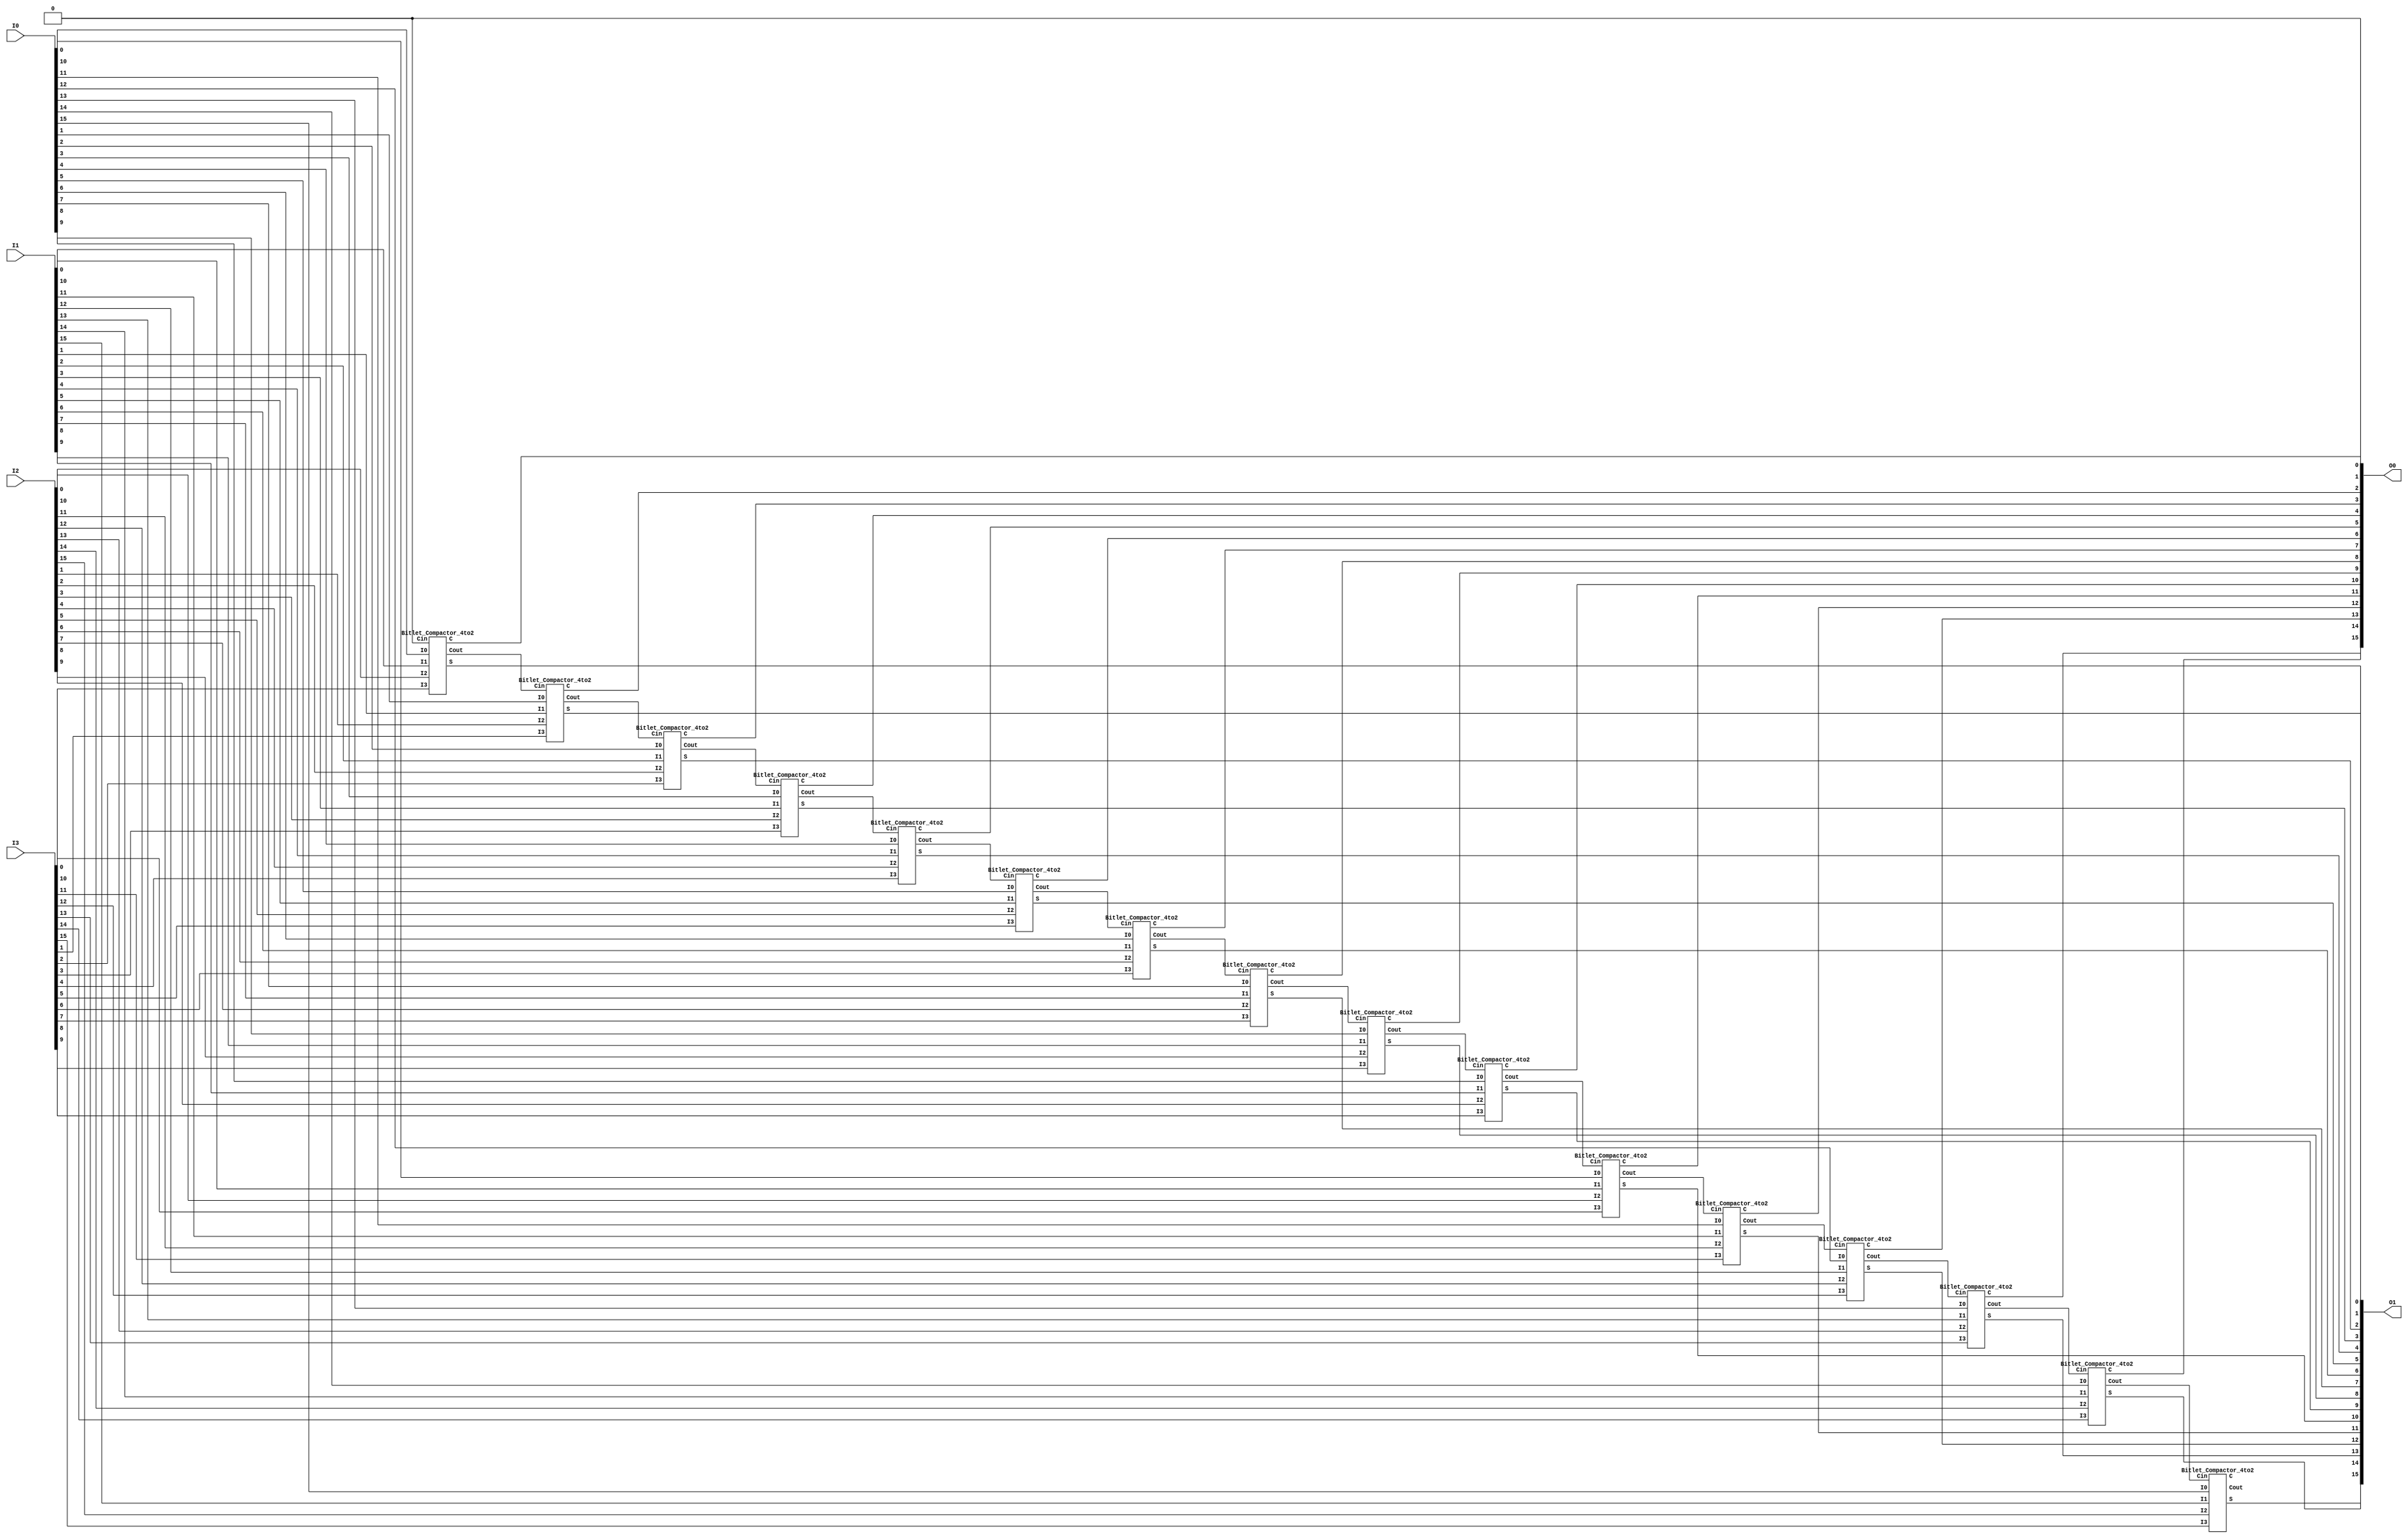
/*
 * Project:     Bitlet PE
 * Module:      Bitlet_Cmp4to2
 * Discription: Multi-bit 4 to 2 compactor
 * Dependency:  
 * 
 */

`timescale 1ns / 1ps

module Bitlet_Cmp4to2
#(
    parameter W = 16            // width of data
)
(
    input   [W-1:0] I3,
    input   [W-1:0] I2,
    input   [W-1:0] I1,
    input   [W-1:0] I0,
    output  [W-1:0] O1,
    output  [W-1:0] O0
);

wire    [W:0]   Cin;
wire    [W-1:0] Ctmp;

assign  Cin[0]  = 1'b0;
assign  O0      = Ctmp<<1;

generate
    genvar g;
    for (g=0; g<W; g=g+1)
    begin
        Bitlet_Compactor_4to2 UCOMPACTOR4TO2
        (
            .I3(I3[g]),
            .I2(I2[g]),
            .I1(I1[g]),
            .I0(I0[g]),
            .Cin(Cin[g]),
            .S(O1[g]),
            .C(Ctmp[g]),
            .Cout(Cin[g+1])
        );
    end
endgenerate

endmodule


module Bitlet_Compactor_4to2
(
    input   Cin,
    input   I3, I2, I1, I0,
    output  Cout,
    output  C,  S
);

wire    m0, m1, m2;

assign  m0      = I0 ^ I1;
assign  m1      = I2 ^ I3;
assign  m2      = m0 ^ m1;
assign  Cout    = (m1) ? I1 : I3;
assign  C       = (m2) ? Cin : I0;
assign  S       = Cin ^ m2;

endmodule

/*
module Bitlet_Compactor_3to2
(
    input   I2, I1, I0,
    output  C,  S
);

wire    m0;

assign  m0   = I0 ^ I1;
assign  C    = (m0) ? I2 : I1;
assign  S    = I2 ^ m0;

endmodule
*/